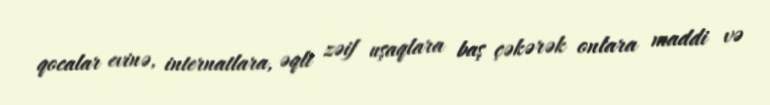
qocalar evinə, internatlara, əqli zəif uşaqlara baş çəkərək onlara maddi və